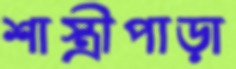
শাস্ত্রীপাড়া